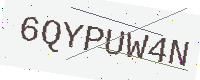
Text: 6QYPUW4N